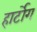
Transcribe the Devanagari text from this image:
हार्टोग